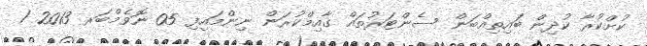
ކުށްކުރާ ކުދިން ބައިތިއްބަން ސެންޓަރުތައް ގާއިމްކުރަން ނިންމައިފި 05 ނޮވެމްބަރ 2013 1